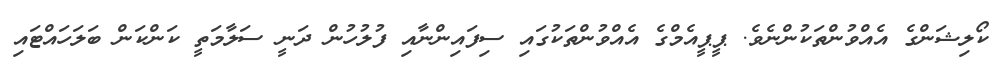
ކޯލިޝަންގެ އެއްވުންތަކުންނެވެ. ޕީޕީއެމްގެ އެއްވުންތަކުގައި ސިފައިންނާއި ފުލުހުން ދަނީ ސަލާމަތީ ކަންކަން ބަލަހައްޓައި